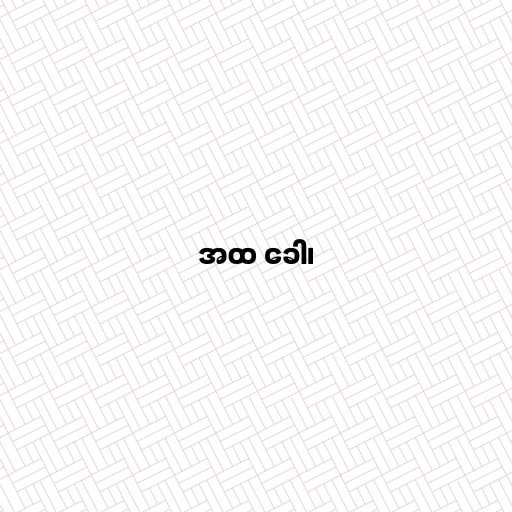
အထ ခေါ၊